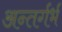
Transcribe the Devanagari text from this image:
अन्तर्गर्भ